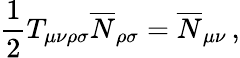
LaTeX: \frac{1}{2}T_{\mu\nu\rho\sigma}\overline{{{N}}}_{\rho\sigma}=\overline{{{N}}}_{\mu\nu}\, ,